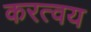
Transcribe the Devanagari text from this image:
करत्वय